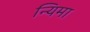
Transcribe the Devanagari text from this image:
न्यिमा